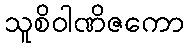
သူစိဝါဏိဇကော